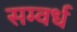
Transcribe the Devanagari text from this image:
सम्वर्ध